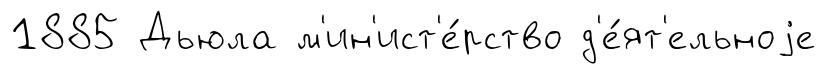
1885 Дьюла м'ин'ист'е́рство д'е́ят'ельноjе